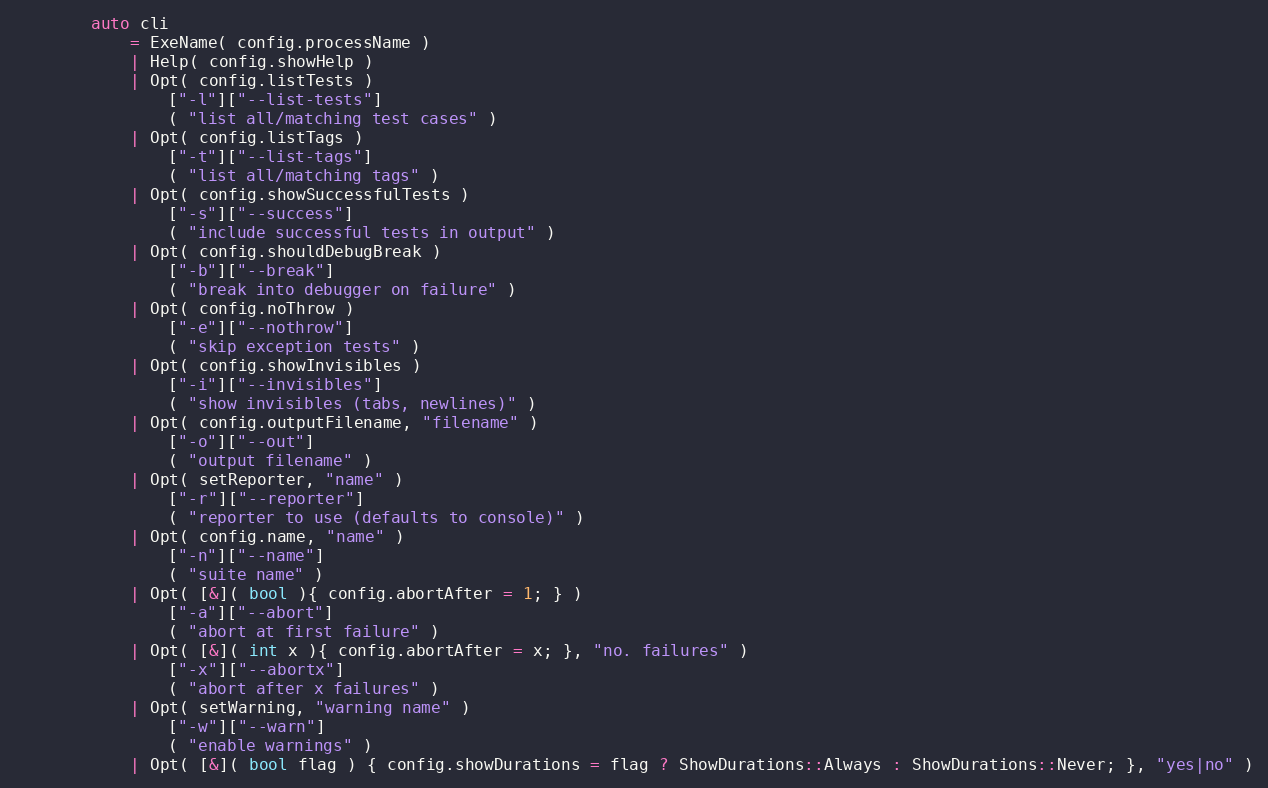
Language: C++
        auto cli
            = ExeName( config.processName )
            | Help( config.showHelp )
            | Opt( config.listTests )
                ["-l"]["--list-tests"]
                ( "list all/matching test cases" )
            | Opt( config.listTags )
                ["-t"]["--list-tags"]
                ( "list all/matching tags" )
            | Opt( config.showSuccessfulTests )
                ["-s"]["--success"]
                ( "include successful tests in output" )
            | Opt( config.shouldDebugBreak )
                ["-b"]["--break"]
                ( "break into debugger on failure" )
            | Opt( config.noThrow )
                ["-e"]["--nothrow"]
                ( "skip exception tests" )
            | Opt( config.showInvisibles )
                ["-i"]["--invisibles"]
                ( "show invisibles (tabs, newlines)" )
            | Opt( config.outputFilename, "filename" )
                ["-o"]["--out"]
                ( "output filename" )
            | Opt( setReporter, "name" )
                ["-r"]["--reporter"]
                ( "reporter to use (defaults to console)" )
            | Opt( config.name, "name" )
                ["-n"]["--name"]
                ( "suite name" )
            | Opt( [&]( bool ){ config.abortAfter = 1; } )
                ["-a"]["--abort"]
                ( "abort at first failure" )
            | Opt( [&]( int x ){ config.abortAfter = x; }, "no. failures" )
                ["-x"]["--abortx"]
                ( "abort after x failures" )
            | Opt( setWarning, "warning name" )
                ["-w"]["--warn"]
                ( "enable warnings" )
            | Opt( [&]( bool flag ) { config.showDurations = flag ? ShowDurations::Always : ShowDurations::Never; }, "yes|no" )